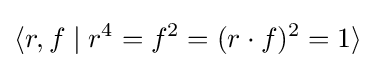
\langle r,f\mid r^{4}=f^{2}=(r\cdot f)^{2}=1\rangle